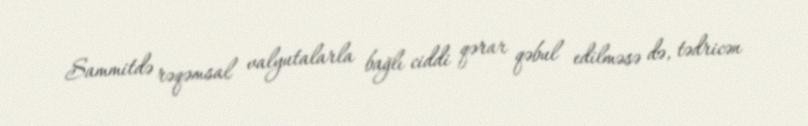
Sammitdə rəqəmsal valyutalarla bağlı ciddi qərar qəbul edilməsə də, tədricən